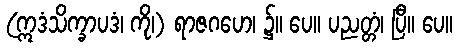
(ဣဒံသိက္ခာပဒံ၊ ကို၊) ရာဇဂဟေ၊ ၌။ ပေ။ ပညတ္တံ၊ ပြီ။ ပေ။